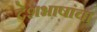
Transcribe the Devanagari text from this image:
देशभाषांचा